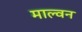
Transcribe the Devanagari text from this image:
माल्वन